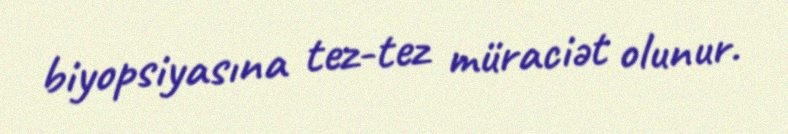
biyopsiyasına tez-tez müraciət olunur.